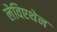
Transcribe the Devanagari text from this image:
लेविएथेन